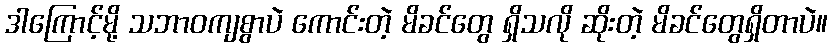
ဒါကြောင့်မို့ သဘာဝကျစွာပဲ ကောင်းတဲ့ မိခင်တွေ ရှိသလို ဆိုးတဲ့ မိခင်တွေရှိတာပဲ။